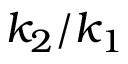
\displaystyle { k _ { 2 } / k _ { 1 } }